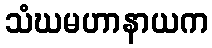
သံဃမဟာနာယက